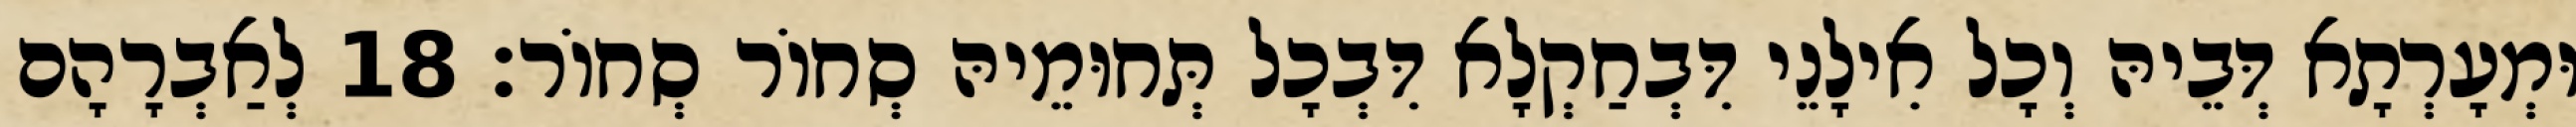
וּמְעָרְתָא דְּבֵיהּ וְכָל אִילָנֵי דִּבְחַקְלָא דִּבְכָל תְּחוּמֵיהּ סְחוֹר סְחוֹר׃ 18 לְאַבְרָהָם